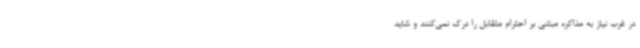
در غرب نیاز به مذاکره مبتنی بر احترام متقابل را درک نمی‌کنند و شاید